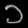
Digit: ၁